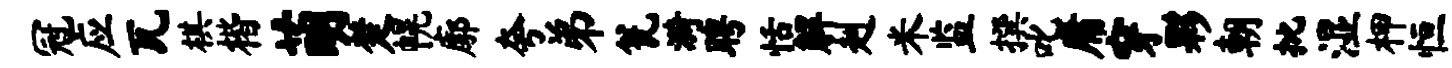
冠应瓦棋楷萌楚幌廓夸弟瓮漪聘恬解赳米监撰叱庸穿夥朝批湿柙恒